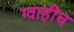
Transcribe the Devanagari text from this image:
ग्वाहीच